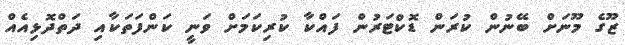
ޒޫގެ މޫނަށް ބޭނުން ކުރަން ޑޮކްޓަރުން ފައްކާ ކުރިކަމަށް ވަނީ ކަންފަތަކާއި ދަތްދޮޅިއެއް